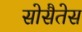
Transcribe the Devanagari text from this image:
सोसैतेस